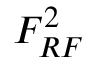
F _ { R F } ^ { 2 }